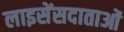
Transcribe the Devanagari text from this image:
लाइसेंसदाताओं